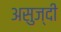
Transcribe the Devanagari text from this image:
असुज्दी